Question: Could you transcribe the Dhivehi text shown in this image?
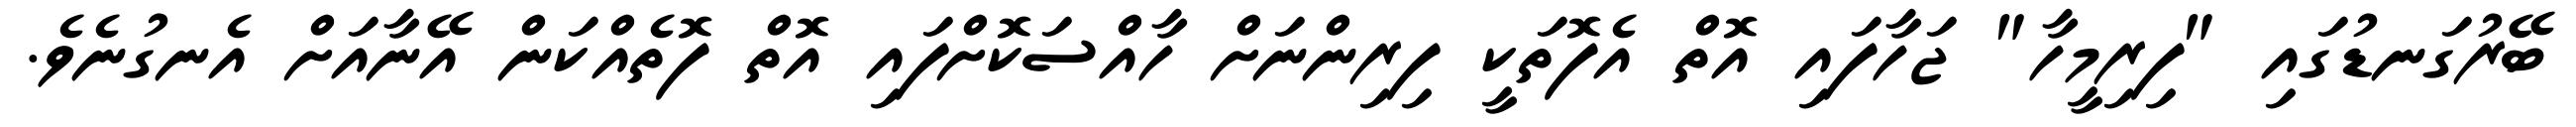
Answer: ބޭރުގަނޑުގައި "ފިރިމީހާ" ޖަހާފައި އޮތް އެފޮތަކީ ފިރިންނަށް ހާއްސަކޮށްފައި އޮތް ފޮތެއްކަން އޭނާއަށް އެނގުނެވެ.